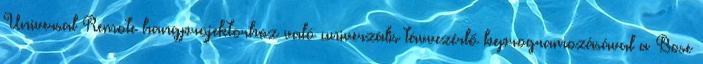
Universal Remote hangprojektorhoz való univerzális távvezérlő beprogramozásával a Bose